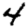
Digit: 4